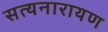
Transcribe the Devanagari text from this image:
सत्‍यनारायण